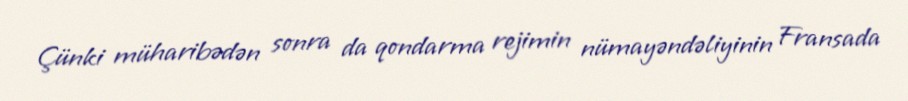
Çünki müharibədən sonra da qondarma rejimin nümayəndəliyinin Fransada